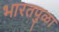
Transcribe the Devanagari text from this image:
भारतपुळा